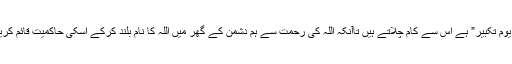
بہرحال جب تک یہ “چائنہ کا یوم تکبیر” ہے اس سے کام چلاتے ہیں تاآنکہ اللہ کی رحمت سے ہم دشمن کے گھر میں اللہ کا نام بلند کرکے اسکی حاکمیت قائم کریں اور پھر منائیں “یوم تکبیر”۔